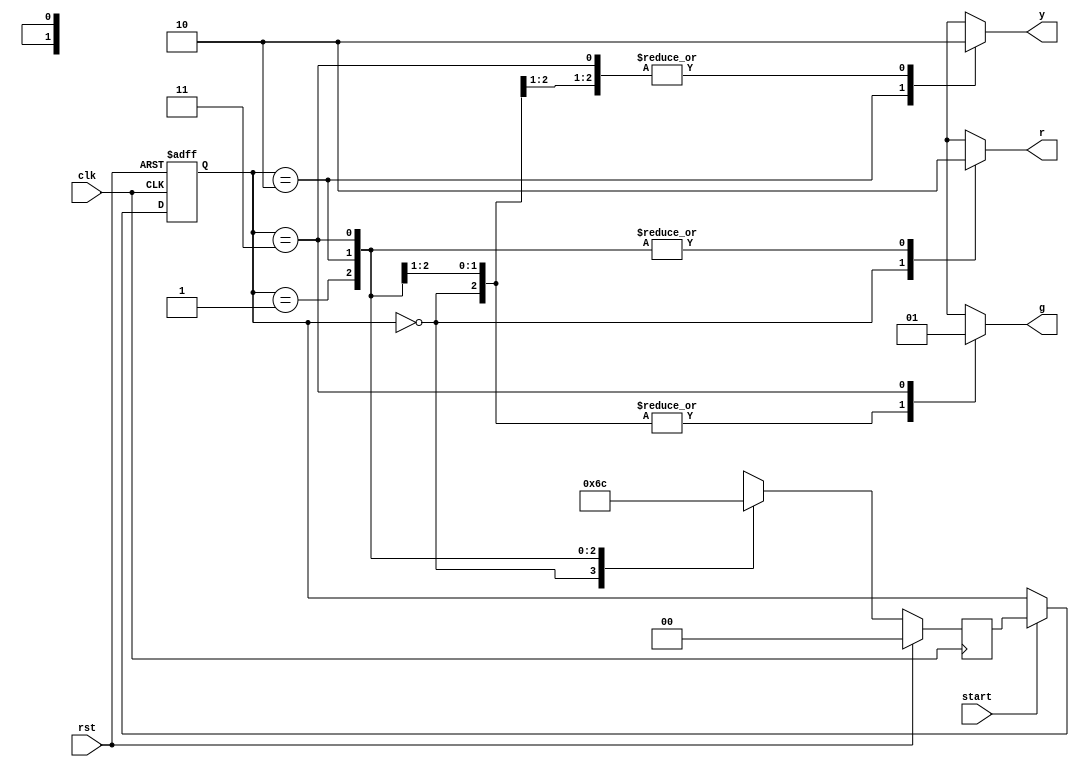
module stoplight (
  input clk,
  input rst,
  input start,
  output reg r,
  output reg y,
  output reg g
);


parameter st0 = 2'b00;
parameter st1 = 2'b01;
parameter st2 = 2'b10;
parameter st3 = 2'b11;


reg [1:0] pres_state, next_state;

always @(*) begin
    case (pres_state)
        st0: begin
            r <= 1'b1;
            y <= 1'b0;
            g <= 1'b0;
        end
        st1: begin
            r <= 1'b0;
            y <= 1'b0;
            g <= 1'b0;
        end
        st2: begin
            r <= 1'b0;
            y <= 1'b1;
            g <= 1'b0;
        end
        st3: begin
            r <= 1'b0;
            y <= 1'b0;
            g <= 1'b1;
        end
    endcase
end

// State transition logic
always @(posedge clk or posedge rst) begin
    if (rst) begin
        pres_state <= st0;
    end else if (start) begin
        pres_state <= next_state;
    end
end

always @(posedge clk) begin
    if (rst) begin
        next_state <= st0;
    end else begin
        case (pres_state)
            st0: next_state <= st1;
            st1: next_state <= st2;
            st2: next_state <= st3;
            st3: next_state <= st0;
        endcase
    end
end

endmodule